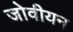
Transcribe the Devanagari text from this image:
जोवीयन